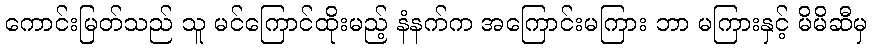
ကောင်းမြတ်သည် သူ မင်ကြောင်ထိုးမည့် နံနက်က အကြောင်းမကြား ဘာ မကြားနှင့် မိမိဆီမှ